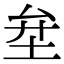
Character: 𡊅